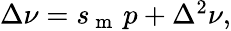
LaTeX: \begin{array}{r}{\Delta\nu=s_{\mathrm{~m~}}\, p+\Delta^{2}\nu,}\end{array}